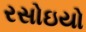
રસોઇયો